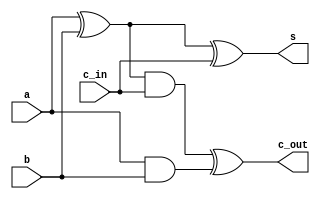
`timescale 1ns / 1ps
//////////////////////////////////////////////////////////////////////////////////
// Company: 
// Engineer: 
// 
// Design Name: 
// Module Name: fulladder
// Project Name: 
// Target Devices: 
// Tool Versions: 
// Description: 
// 
// Dependencies: 
// 
// Revision:
// Revision 0.01 - File Created
// Additional Comments:
// 
//////////////////////////////////////////////////////////////////////////////////


module fulladder(a,b,c_in,s,c_out);
input a,b,c_in;
output s,c_out;
wire c1,c2,c3;

xor(c1,a,b);
and(c2,a,b);
xor(s,c1,c_in);
and(c3,c1,c_in);

xor(c_out,c3,c2);
endmodule